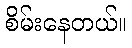
စိမ်းနေတယ်။